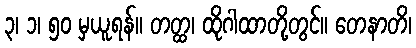
၃၊ ၁၊ ၅၀ မှယူရန်။ တတ္ထ၊ ထိုဂါထာတို့တွင်။ တေနာတိ၊